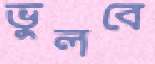
ভুলবে